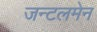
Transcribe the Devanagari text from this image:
जन्टलमेन